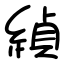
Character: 緽